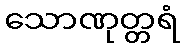
သောဏုတ္တရံ